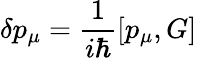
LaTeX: \delta p_{\mu}=\frac{1}{i\hbar}\left[p_{\mu},G\right]